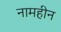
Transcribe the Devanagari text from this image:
नामहीन